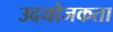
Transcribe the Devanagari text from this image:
उदयोजकता